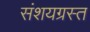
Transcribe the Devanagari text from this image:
संशयग्रस्त